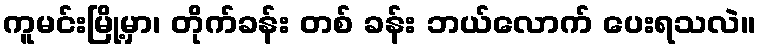
ကူမင်းမြို့မှာ၊ တိုက်ခန်း တစ် ခန်း ဘယ်လောက် ပေးရသလဲ။